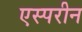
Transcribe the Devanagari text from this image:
एस्परीन